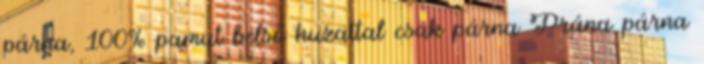
párna, 100% pamut belső huzattal csak párna Prána párna